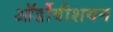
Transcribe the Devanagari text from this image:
ऑर्डोवीशयन